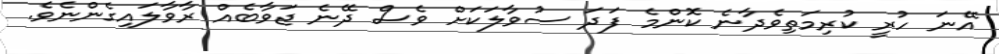
އޭނަ ހުރީ ކުރިމަތިވެދާނެ ކޮންމެ ފަދަ ސުވާލަކަށް ވެސް ދޭނެ ޖަވާބެއް ރާވާލައިގެންނެވެ.